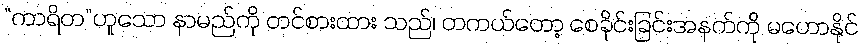
“ကာရိတ”ဟူသော နာမည်ကို တင်စားထား သည်၊ တကယ်တော့ စေခိုင်းခြင်းအနက်ကို မဟောနိုင်